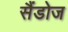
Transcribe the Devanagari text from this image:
सैंडोज